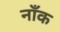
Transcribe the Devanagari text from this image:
नाँक